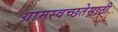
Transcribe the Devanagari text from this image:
ग्रामस्वच्छतेसाठी